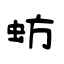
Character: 蚄